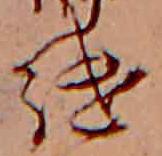
継